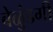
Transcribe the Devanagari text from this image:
बेळुंडगी